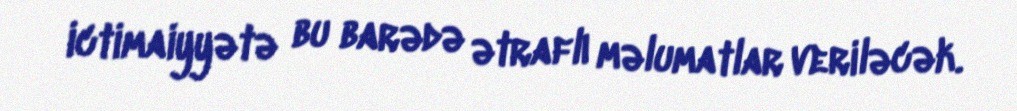
ictimaiyyətə bu barədə ətraflı məlumatlar veriləcək.